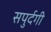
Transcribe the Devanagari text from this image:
सपुर्दगी